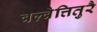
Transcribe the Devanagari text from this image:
वल्वेत्तितुरै